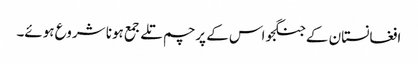
افغانستان کے جنگجو اس کے پرچم تلے جمع ہونا شروع ہوئے۔